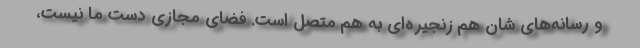
و رسانه‌های شان هم زنجیره‌ای به هم متصل است. فضای مجازی دست ما نیست،